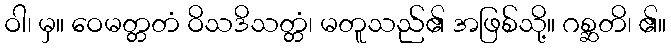
ဝါ၊ မှ။ ဝေမတ္တတံ ဝိသဒိသတ္တံ၊ မတူသည်၏ အဖြစ်သို့။ ဂစ္ဆတိ၊ ၏။